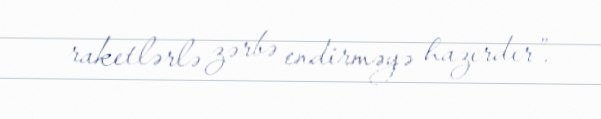
raketlərlə zərbə endirməyə hazırdır”.